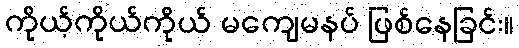
ကိုယ့်ကိုယ်ကိုယ် မကျေမနပ် ဖြစ်နေခြင်း။